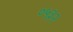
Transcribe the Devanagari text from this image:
०५३२